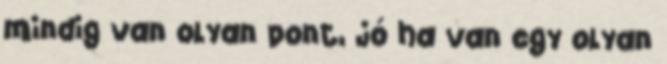
mindig van olyan pont, jó ha van egy olyan